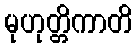
မုဟုတ္တိကာတိ